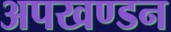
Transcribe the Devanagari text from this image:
अपखण्डन